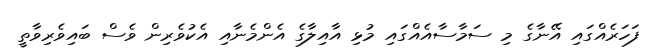
ފަހަރެއްގައި އޭނާގެ މި ސަމާސާއެއްގައި މުޅި އާއިލާގެ އެންމެނާއި އެކުވެރިން ވެސް ބައިވެރިވާތީ